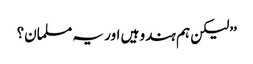
’’لیکن ہم ہندو ہیں اور یہ مسلمان؟